Civil Veterinary Dept. North-West Frontier Province 1933-46 - 1933-1946
Year: 1933
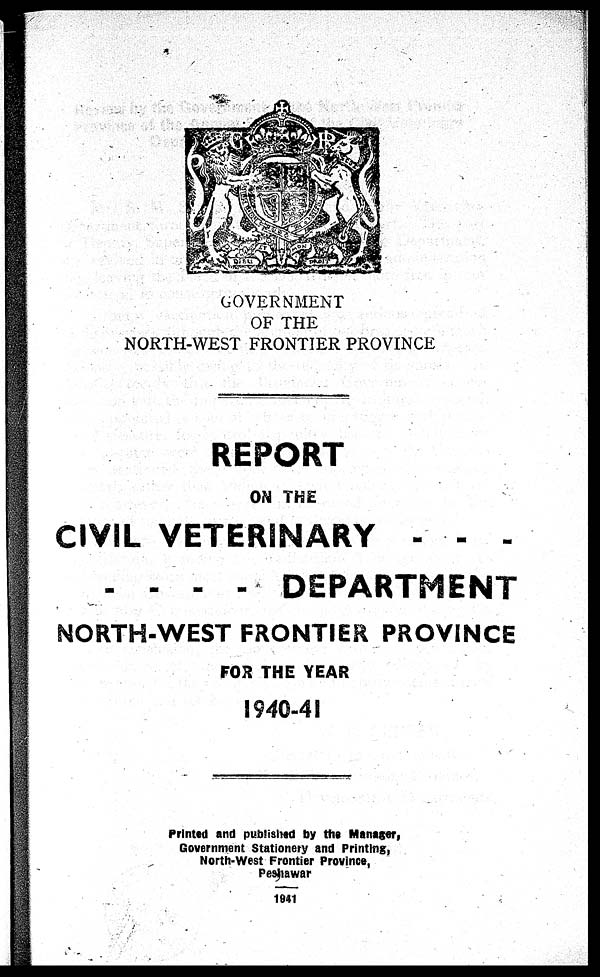
GOVERNMENT
OF THE
NORTH-WEST FRONTIER PROVINCE
REPORT
ON THE
CIVIL VETERINARY - - -
- - - - DEPARTMENT
NORTH-WEST FRONTIER PROVINCE
FOR THE YEAR
1940-41
Printed and published by the Manager,
Government Stationery and Printing,
North-West Frontier Province,
Peshawar
1941